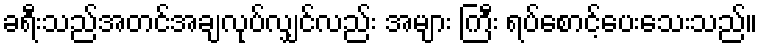
ခရီးသည်အတင်အချလုပ်လျှင်လည်း အများ ကြီး ရပ်စောင့်ပေးသေးသည်။